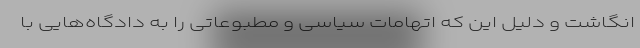
انگاشت و دلیل این که اتهامات سیاسی و مطبوعاتی را به دادگاه‌هایی با